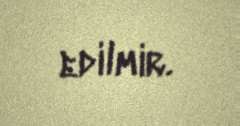
edilmir.